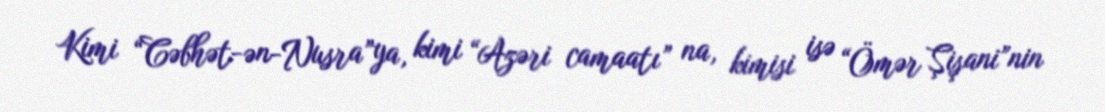
Kimi “Cəbhət-ən-Nusra”ya, kimi “Azəri camaatı” na, kimisi isə “Ömər Şişani”nin